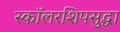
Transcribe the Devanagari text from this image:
स्कॉलरशिपसुद्धा